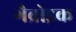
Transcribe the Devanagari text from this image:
गैब्रोइक